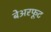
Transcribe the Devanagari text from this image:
बेअरफूट